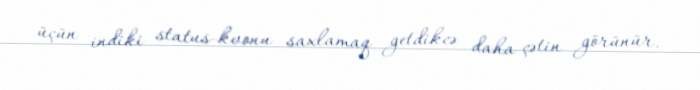
üçün indiki status-kvonu saxlamaq getdikcə daha çətin görünür.